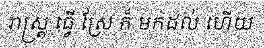
រាស្ត្រ ធ្វើ ស្រែ ក៏ មកដល់ ហើយ